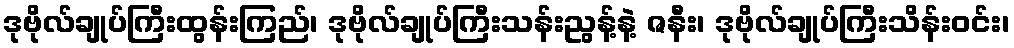
ဒုဗိုလ်ချုပ်ကြီးထွန်းကြည်၊ ဒုဗိုလ်ချုပ်ကြီးသန်းညွန့်နဲ့ ဇနီး၊ ဒုဗိုလ်ချုပ်ကြီးသိန်းဝင်း၊